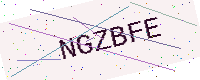
Text: NGZBFE